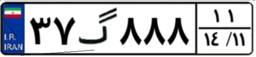
۶۴گ۶۲۲۸۹